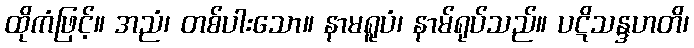
ထိုကံဖြင့်။ အညံ၊ တစ်ပါးသော။ နာမရူပံ၊ နာမ်ရုပ်သည်။ ပဋိသန္ဒဟတိ၊